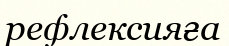
рефлексияға